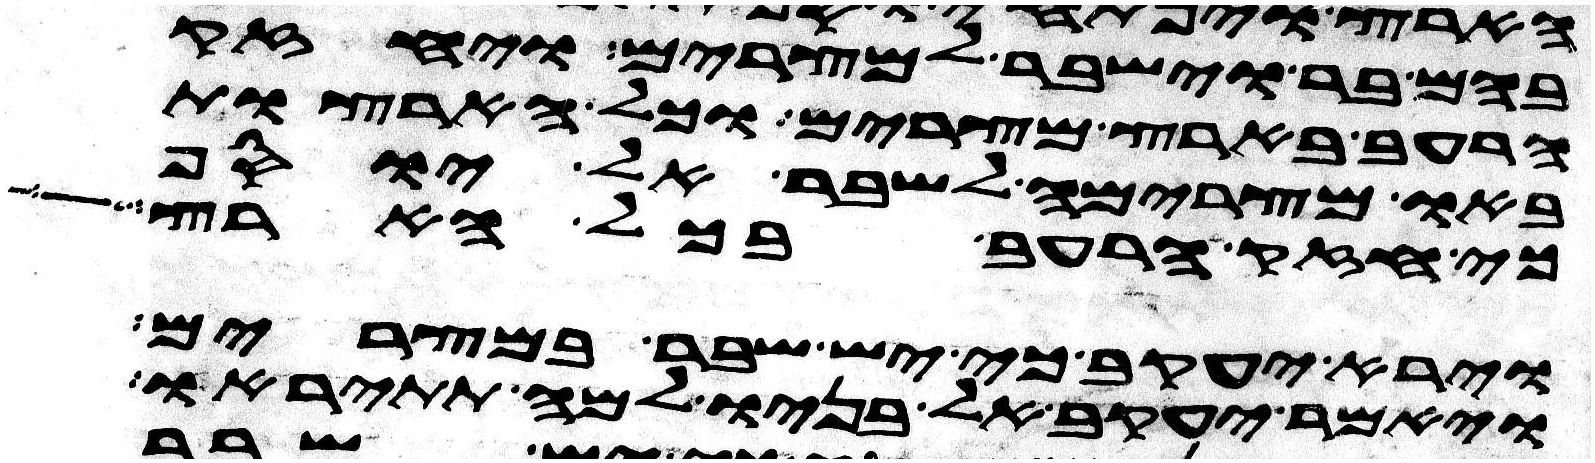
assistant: בהם בר וישבר למצרים ויחזק
הרעב בארץ מצרים וכל הארצות
באו מצרימה לשבר אל יוסף
כי חזק הרעב בכל הארץ
וירא יעקב כי יש שבר במצרים
ויאמר יעקב אל בניו למה תתיראו